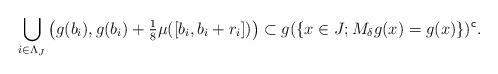
LaTeX: \begin{align*}\bigcup_{i \in \Lambda_J} \big(g(b_i),g(b_i)+ \tfrac{1}{8} \mu ([b_i,b_i+r_i])\big) \subset g(\{x\in J; M_{\delta} g(x)=g(x)\})^{\sf c}.\end{align*}